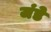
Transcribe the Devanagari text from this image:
जंडे